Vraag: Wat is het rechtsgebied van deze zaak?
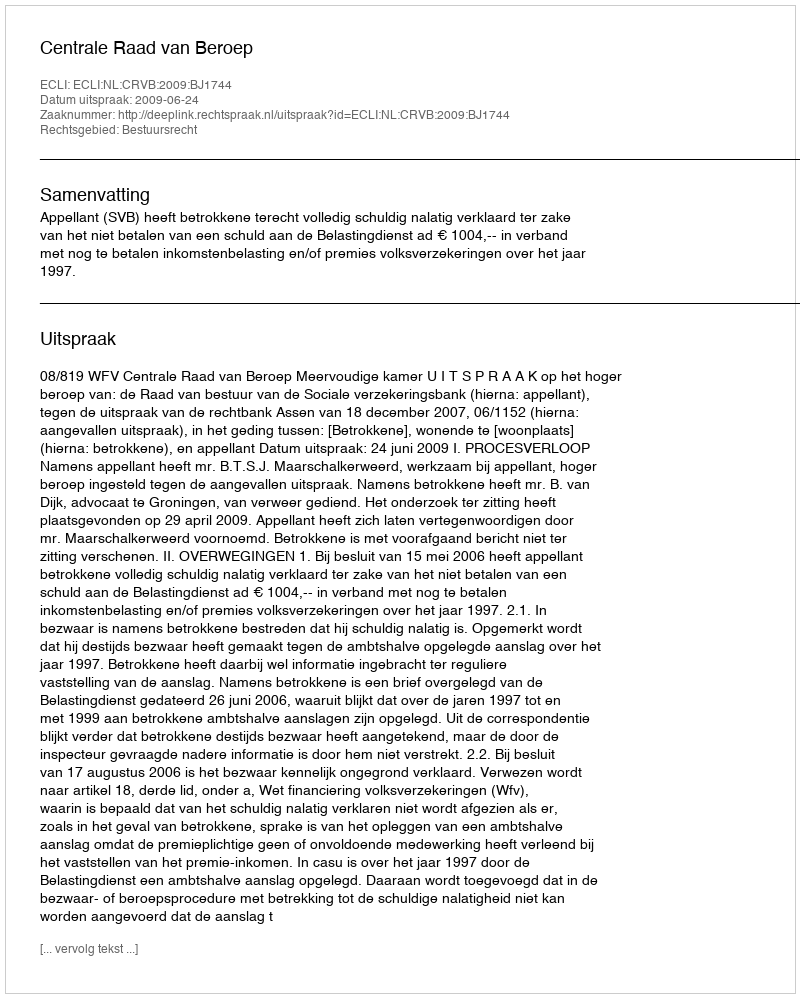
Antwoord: Bestuursrecht